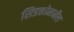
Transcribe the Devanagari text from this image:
सिडकोमधील